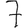
Digit: 7